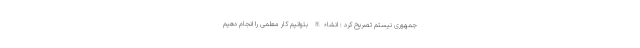
جمهوری نیستم تصریح کرد : انشاءالله بتوانیم کار معلمی را انجام دهیم